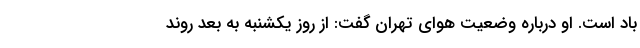
باد است. او درباره وضعیت هوای تهران گفت: از روز یکشنبه به بعد روند